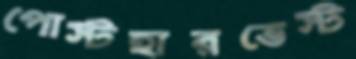
পোস্টহারভেস্ট